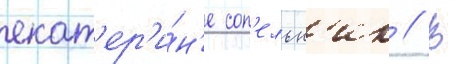
екат'ер'и́н'е соп'ельн'ик // В